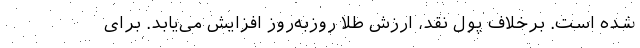
شده است. برخلاف پول نقد، ارزش طلا روزبه‌روز افزایش می‌یابد. برای